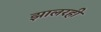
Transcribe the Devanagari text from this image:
झालरही